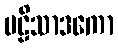
ဗဠိသာဒကော